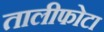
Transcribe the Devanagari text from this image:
तालीफोटा